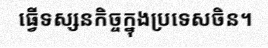
ធ្វើទស្សនកិច្ចក្នុងប្រទេសចិន។